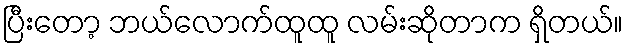
ပြီးတော့ ဘယ်လောက်ထူထူ လမ်းဆိုတာက ရှိတယ်။